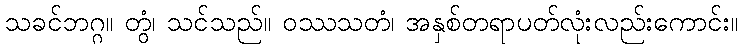
သခင်ဘဂ္ဂ။ တွံ၊ သင်သည်။ ဝဿသတံ၊ အနှစ်တရာပတ်လုံးလည်းကောင်း။